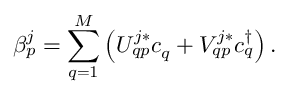
\beta _ { p } ^ { j } = \sum _ { q = 1 } ^ { M } \left( U _ { q p } ^ { j * } c _ { q } + V _ { q p } ^ { j * } c _ { q } ^ { \dag } \right) .